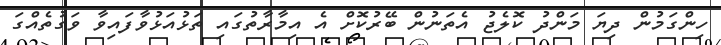
ހިންގަމުން ދިޔަ މަންދު ކޮލެޖު އެތަނުން ބޭރުކޮށް އެ އިމާރާތުގައި ތަޅުއަޅުވާފައިވާ ވަގުތެއްގަ